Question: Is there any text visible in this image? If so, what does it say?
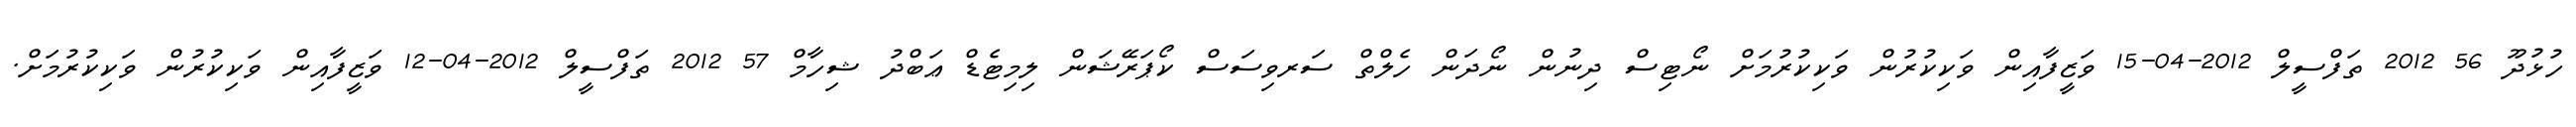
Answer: ހުޅުދޫ 56 2012 ތަފްސީލް 2012-04-15 ވަޒީފާއިން ވަކިކުރުން ވަކިކުރުމަށް ނޯޓިސް ދިނުން ނޯދަން ހެލްތް ސަރވިސަސް ކޯޕަރޭޝަން ލިމިޓެޑް ޢަބްދު ޝިހާމް 57 2012 ތަފްސީލް 2012-04-12 ވަޒީފާއިން ވަކިކުރުން ވަކިކުރުމަށް.